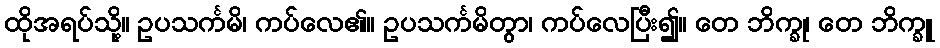
ထိုအရပ်သို့။ ဥပသင်္ကမိ၊ ကပ်လေ၏။ ဥပသင်္ကမိတွာ၊ ကပ်လေပြီး၍။ တေ ဘိက္ခု၊ တေ ဘိက္ခူ